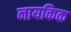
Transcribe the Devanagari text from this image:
नायकिक